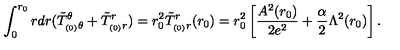
\int _ { 0 } ^ { r _ { 0 } } r d r ( \tilde { T } _ { _ { ( 0 ) } \theta } ^ { \theta } + \tilde { T } _ { _ { ( 0 ) } r } ^ { r } ) = r _ { 0 } ^ { 2 } \tilde { T } _ { _ { ( 0 ) } r } ^ { r } ( r _ { 0 } ) = r _ { 0 } ^ { 2 } \left[ \frac { A ^ { 2 } ( r _ { 0 } ) } { 2 e ^ { 2 } } + \frac { \alpha } { 2 } \Lambda ^ { 2 } ( r _ { 0 } ) \right] .